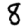
Digit: 8